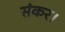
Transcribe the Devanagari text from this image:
संकर।